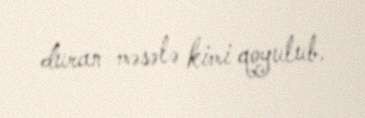
duran məsələ kimi qoyulub.